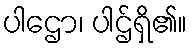
ပါဌော၊ ပါဌ်ရှိ၏။